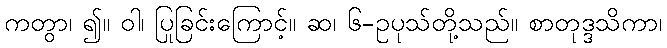
ကတွာ၊ ၍။ ဝါ၊ ပြုခြင်းကြောင့်။ ဆ၊ ၆-ဥပုသ်တို့သည်။ စာတုဒ္ဒသိကာ၊